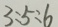
3 : 5 : 6